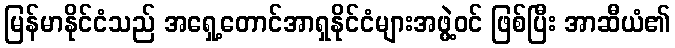
မြန်မာနိုင်ငံသည် အရှေ့တောင်အာရှနိုင်ငံများအဖွဲ့ဝင် ဖြစ်ပြီး အာဆီယံ၏